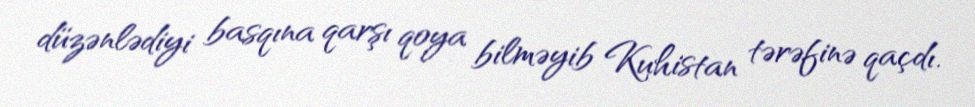
düzənlədiyi basqına qarşı qoya bilməyib Kuhistan tərəfinə qaçdı.